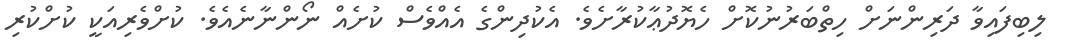
ލިބިފައިވާ ދަރިންނަށް ހިތްބަރުނުކޮށް ހެޔޮދުޢާކުރާށެވެ. އެކުދިންގެ އެއްވެސް ކުށެއް ނޯންނާނެއެވެ. ކުށްވެރިއަކީ ކުށްކުރި